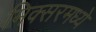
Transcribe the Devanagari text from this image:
मिक्‍सरमध्ये